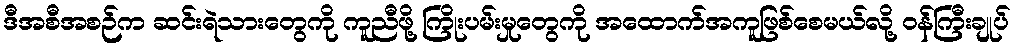
ဒီအစီအစဉ်က ဆင်းရဲသားတွေကို ကူညီဖို့ ကြိုးပမ်းမှုတွေကို အထောက်အကူဖြစ်စေမယ်လို့ ဝန်ကြီးချုပ်